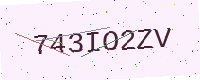
Text: 743IO2ZV